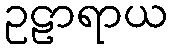
ဥဠာရာယ